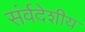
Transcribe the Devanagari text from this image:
संर्वदेशीय